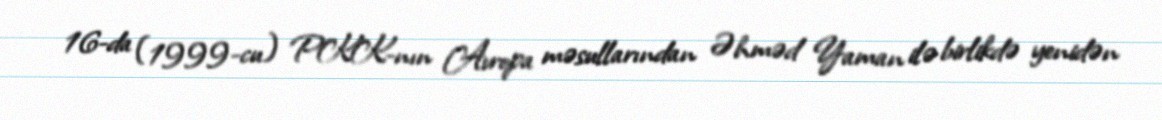
16-da (1999-cu) PKK-nın Avropa məsullarından Əhməd Yaman ilə birlikdə yenidən